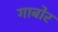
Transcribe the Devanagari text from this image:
गाबोर